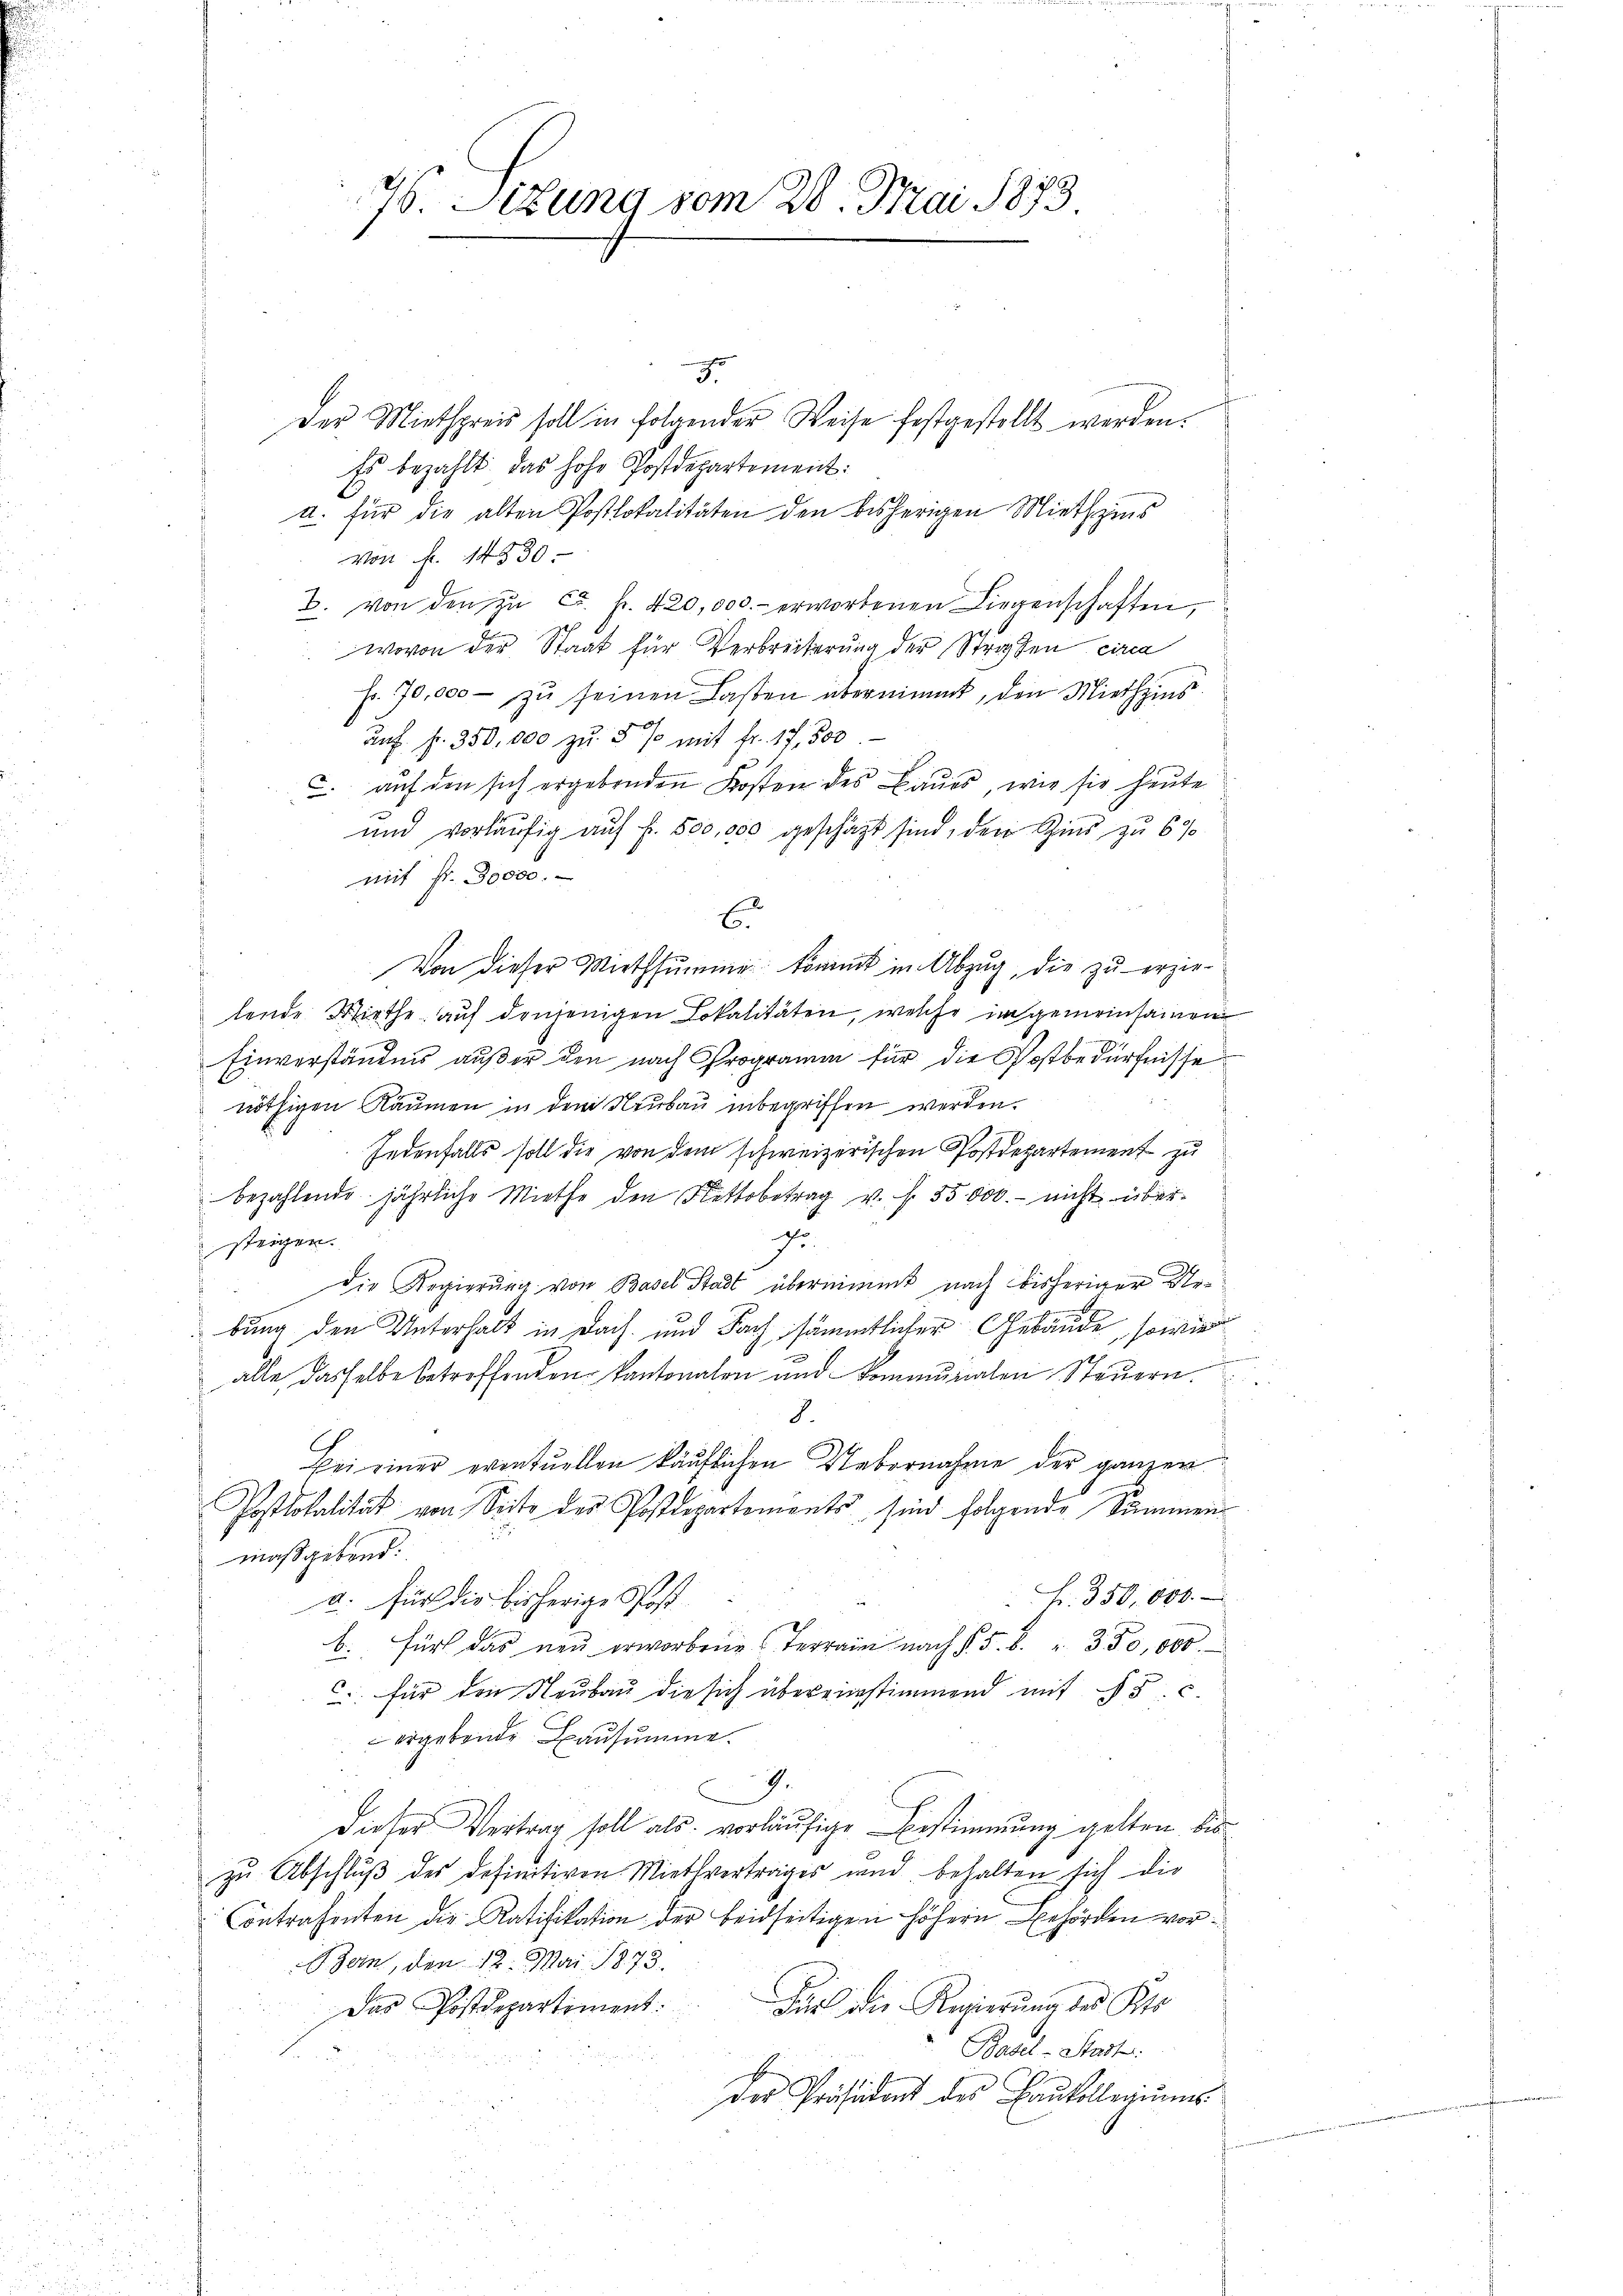
76. Sitzung vom 28. Mai 1873

3
Der Miethpreis soll in folgender Weise festgestellt werden.
Es bezahlt das hohe Postdepartement:
a. für die alten Postlokalitäten den bisherigen Miethzins
Von fr. 14530.
2. von den zŭ ca. Fr. 420,000.- erworbenen Liegenschaften,
wovon der Staat für Verbreiterung der Strafen circa
fr. 70,000 - zu seinen Lasten übernimmt, den Miethzins
auf. f. 350,000 zŭ 5 % mit fr. 17,500
c. auf den sich ergebenden Kosten des Baues, wie sie heute
und vorläufig auf f. 500,000 geschäft sind, den Zins zu 6 %
mit fr. 30000.
6.
Von dieser Miethsumme kommt in Abzug, die zu erzielende Wirthe auf denjenigen Lokalitäten, welche in gemeinsamen
Einverständnis außer den nach Programm für die Postbedürfnisse
nöthigen Räumen in dem Neubau inbegriffen werden.
Jedenfalls soll die von dem schweizerischen Postdepartement zu
bezahlende jährliche Miethe den Nettobetrag v. f. 55000.- nicht über¬
J.
steigen.
Die Regierung von Basel Stadt übernimmt nach bisheriger Urbung den Unterhalt in Dach und Fach sämmtlicher Gebäude, sowie
e
alle dasselbe betreffenden Kantonalen und kommunalen Steŭern.
J.
Bei einer eventuellen käuflichen Uebernahme der ganzer
Postlokalität von Seite des Postdepartements sind folgende Summen
maßgebend:
Fr. 350,000.
a. für die bisherige Post
b. Für das neu erworbene Terrain nach §. 5. B. " 350,000.
c. für den Neubau die sich übereinstimmend mit 5 c.
ergebende Bausumme.
J.
Dieser Vertrag soll als vorläufige Bestimmung gelten, bis
zŭ Abschlŭβ des Definitiven Miethvertrages und behalten sich die
Contrahenten die Ratifikation der beidseitigen höhern Behörden vor¬
Bern, den 12. Mai 1873.
die die Regierung des Kts.
Das Postdepartiment.
i
Basel-Stadt
der Präsident des Baukollegiums